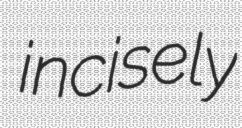
incisely